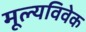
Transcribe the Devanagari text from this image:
मूल्यविवेक